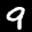
Label: 9